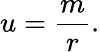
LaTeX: u=\frac{m}{r}.